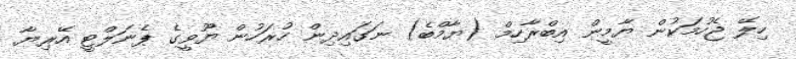
ހިލޭ ޖެހުމަކުން ޔާމީން އިބްރާހިމް (ޔާމްބެ) ނަގައިދިން ހުރަހުން ޔޫވީގެ ޕެނަލްޓީ އޭރިޔާ